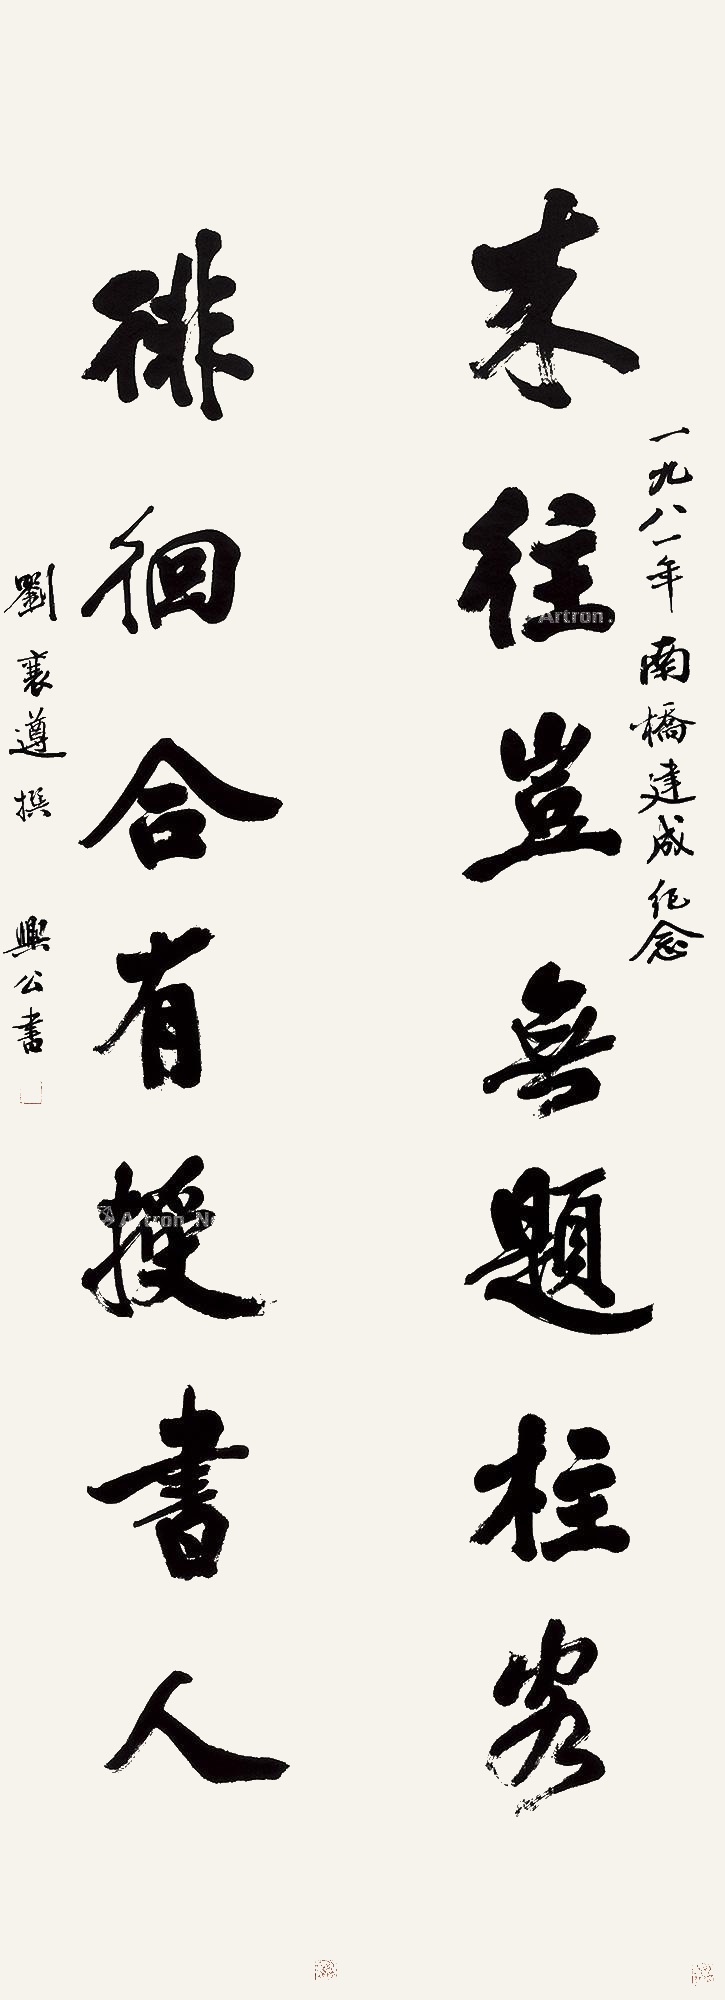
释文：来往岂无题柱客，徘徊合有授书人。一九八一年南桥建成纪念，刘襄遵撰，兴公书。